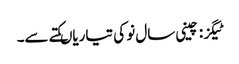
ٹیگز : چینی سال نو کی تیاریاںکتے سے۔